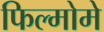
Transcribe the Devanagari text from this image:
फिल्मोमे